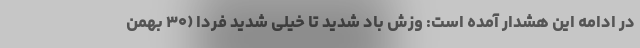
در ادامه این هشدار آمده است: وزش باد شدید تا خیلی شدید فردا (۳۰ بهمن